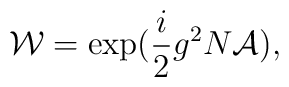
{\cal W}= \exp (\frac{i}{2}g^2 N {\cal A}),